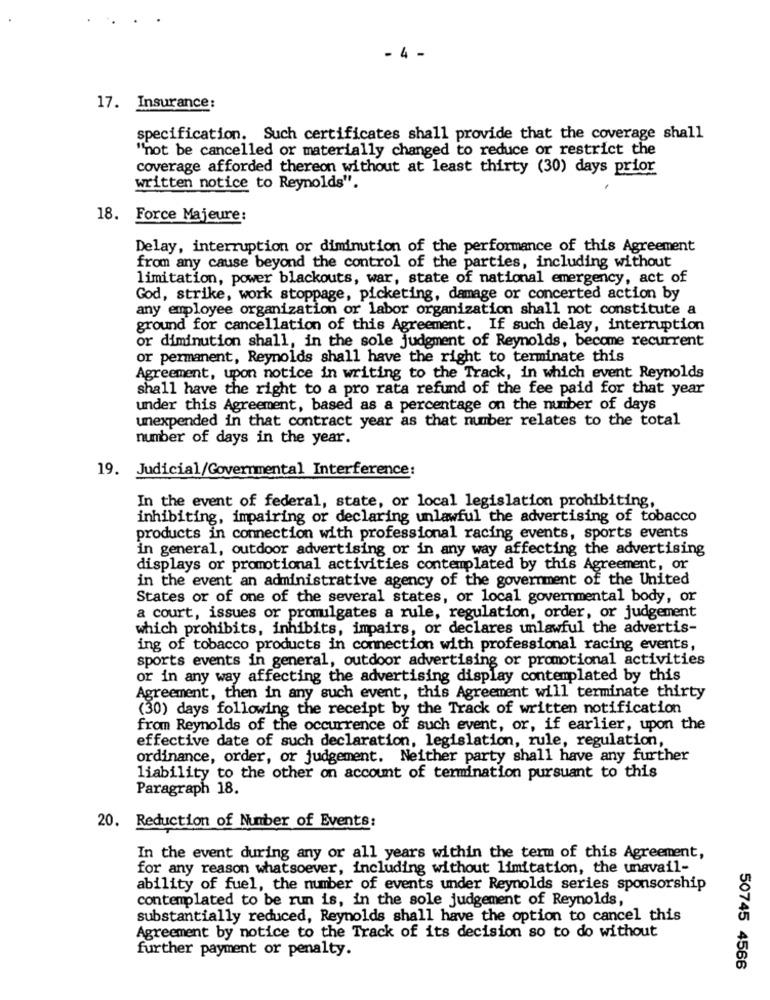
- 4 -
17. Insurance:
specification. Such certificates shall provide that the coverage shall
"not be cancelled or materially changed to reduce or restrict the
coverage afforded thereon without at least thirty (30) days prior
written notice to Reynolds".
18. Force Majeure:
Delay, interruption or diminution of the performance of this Agreement
from any cause beyond the control of the parties, including without
limitation, power blackouts, war, state of national emergency, act of
God, strike, work stoppage, picketing, damage or concerted action by
any employee organization or labor organization shall not constitute a
ground for cancellation of this Agreement. If such delay, interruption
or diminution shall, in the sole judgment of Reynolds, become recurrent
or permanent, Reynolds shall have the right to terminate this
Agreement, upon notice in writing to the Track, in which event Reynolds
shall have the right to a pro rata refund of the fee paid for that year
under this Agreement, based as a percentage on the number of days
unexpended in that contract year as that number relates to the total
number of days in the year.
19. Judicial/Governmental Interference:
In the event of federal, state, or local legislation prohibiting,
inhibiting, impairing or declaring unlawful the advertising of tobacco
products in connection with professional racing events, sports events
in general, outdoor advertising or in any way affecting the advertising
displays or promotional activities contemplated by this Agreement, or
in the event an administrative agency of the government of the United
States or of one of the several states, or local governmental body, or
a court, issues or promulgates a rule, regulation, order, or judgement
which prohibits, inhibits, impairs, or declares unlawful the advertis-
ing of tobacco products in connection with professional racing events,
sports events in general, outdoor advertising or promotional activities
or in any way affecting the advertising display contemplated by this
Agreement, then in any such event, this Agreement will terminate thirty
(30) days following the receipt by the Track of written notification
from Reynolds of the occurrence of such event, or, if earlier, upon the
effective date of such declaration, legislation, rule, regulation,
ordinance, order, or judgement. Neither party shall have any further
liability to the other on account of termination pursuant to this
Paragraph 18.
20. Reduction of Number of Events:
In the event during any or all years within the term of this Agreement,
for any reason whatsoever, including without limitation, the unavail-
ability of fuel, the number of events under Reynolds series sponsorship
contemplated to be run is, in the sole judgement of Reynolds,
substantially reduced, Reynolds shall have the option to cancel this
Agreement by notice to the Track of its decision so to do without
further payment or penalty.
50745 4566